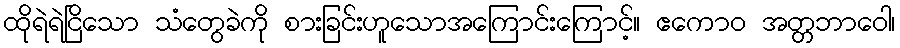
ထိုရဲရဲငြိသော သံတွေခဲကို စားခြင်းဟူသောအကြောင်းကြောင့်။ ဧကောဝ အတ္တဘာဝေါ၊